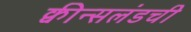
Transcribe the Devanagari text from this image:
क्वीन्सलंडची